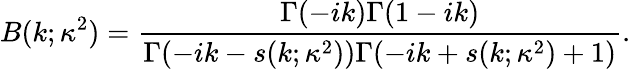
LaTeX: B(k;\kappa^{2})=\frac{\Gamma(-ik)\Gamma(1-ik)}{\Gamma(-ik-s(k;\kappa^{2}))\Gamma(-ik+s(k;\kappa^{2})+1)}.